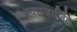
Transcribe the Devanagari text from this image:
स्वभजार्जित